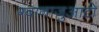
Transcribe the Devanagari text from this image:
ग्वानाजुआटो